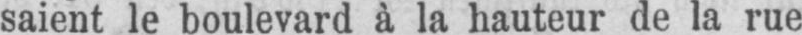
saient le boulevard à la hauteur de la rue